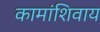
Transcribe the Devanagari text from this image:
कामांशिवाय